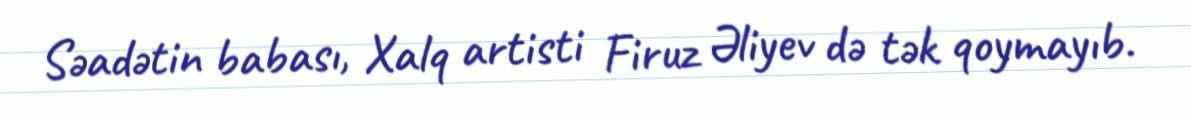
Səadətin babası, Xalq artisti Firuz Əliyev də tək qoymayıb.